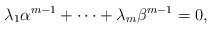
\begin{align*} \lambda_1\alpha^{m-1}+\cdots +\lambda_m\beta^{m-1}=0, \end{align*}